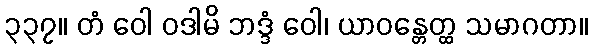
၃၃၇။ တံ ဝေါ ဝဒါမိ ဘဒ္ဒံ ဝေါ၊ ယာဝန္တေတ္ထ သမာဂတာ။